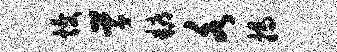
愎草耨各揭